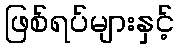
ဖြစ်ရပ်များနှင့်